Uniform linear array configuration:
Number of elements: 48
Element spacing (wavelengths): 0.75
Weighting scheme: kaiser
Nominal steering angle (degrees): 45
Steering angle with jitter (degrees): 43.605
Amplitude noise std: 0.05
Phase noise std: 0.05

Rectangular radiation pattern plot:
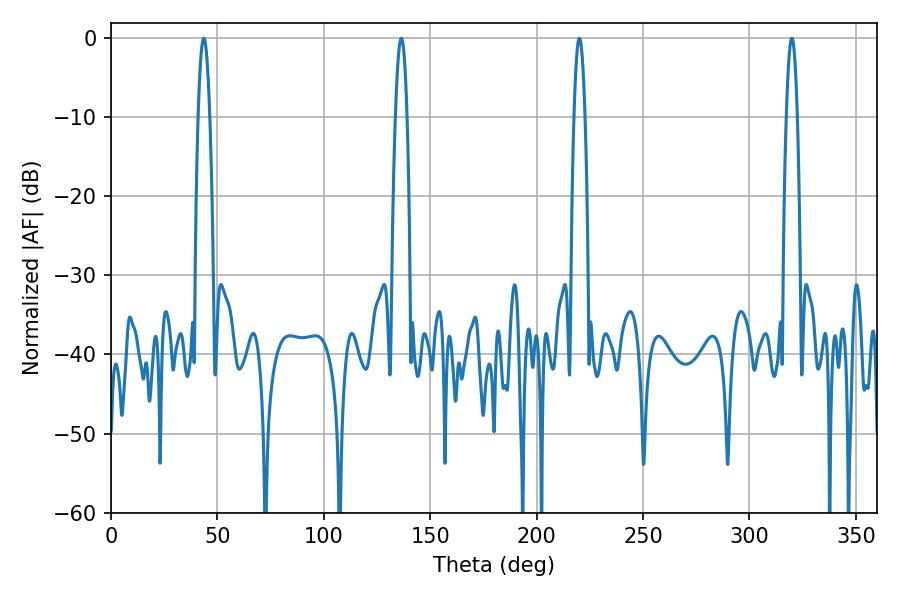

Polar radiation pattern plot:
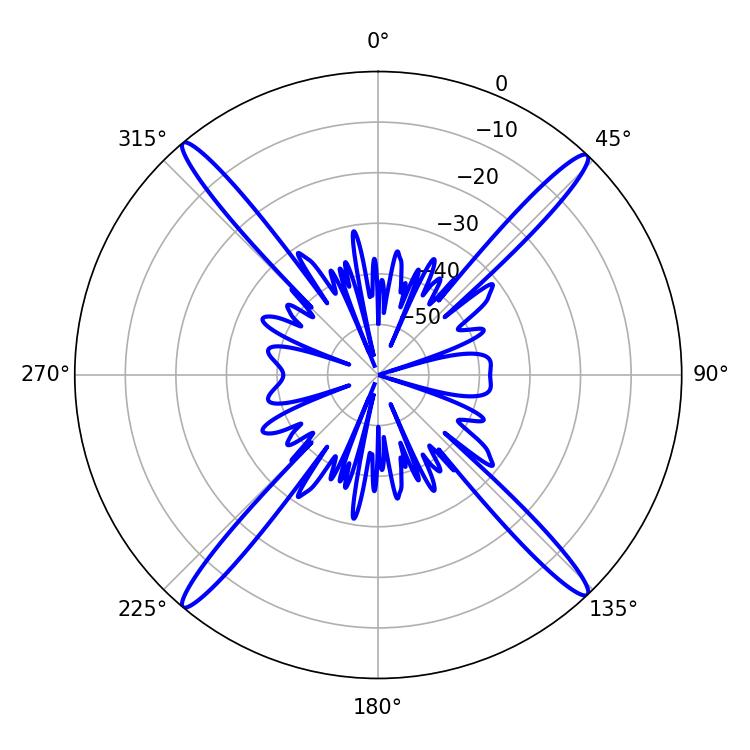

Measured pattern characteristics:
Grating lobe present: TRUE
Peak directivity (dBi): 23.358
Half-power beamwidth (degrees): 3.06
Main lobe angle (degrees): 43.56